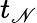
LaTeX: t_{\mathscr{N}}